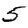
Digit: 5